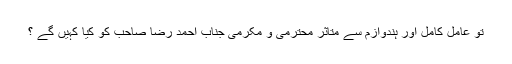
تو عامل کامل اور ہندوازم سے متاثر محترمی و مکرمی جناب احمد رضا صاحب کو کیا کہیں گے ؟